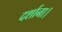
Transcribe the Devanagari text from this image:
दर्शाना।